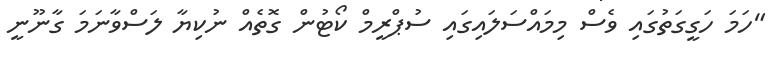
"ހަމަ ހަގީގަތުގައި ވެސް މިމައްސަލައިގައި ސުޕްރީމް ކޯޓުން ގޮތެއް ނުކިޔާ ލަސްވާނަމަ ގާނޫނީ